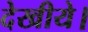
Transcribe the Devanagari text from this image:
देखीये।